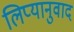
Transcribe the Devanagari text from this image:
लिप्यानुवाद